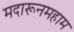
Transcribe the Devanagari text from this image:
मदारूनमहाम